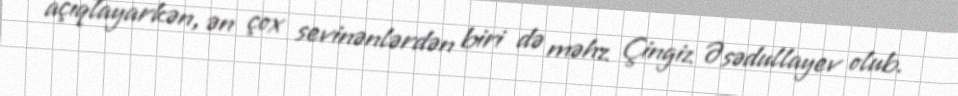
açıqlayarkən, ən çox sevinənlərdən biri də məhz Çingiz Əsədullayev olub.